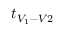
t _ { V _ { 1 } - V 2 }